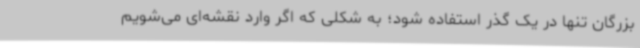
بزرگان تنها در یک گذر استفاده شود؛ به شکلی که اگر وارد نقشه‌ای می‌شویم